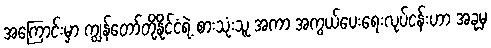
အကြောင်းမှာ ကျွန်တော်တို့နိုင်ငံရဲ့ စားသုံးသူ အကာ အကွယ်ပေးရေးလုပ်ငန်းဟာ အခုမှ